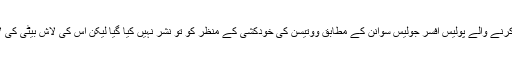
اس معاملے کی چھان بین کرنے والے پولیس افسر جولیس سوانن کے مطابق ووتیسن کی خودکشی کے منظر کو تو نشر نہیں کیا گیا لیکن اس کی لاش بیٹی کی لاش کے ساتھ ہی ملی تھی۔